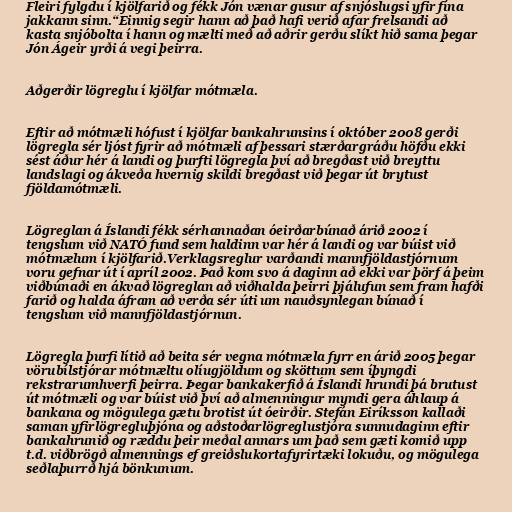
Fleiri fylgdu í kjölfarið og fékk Jón vænar gusur af snjóslugsi yfir fína
jakkann sinn.“Einnig segir hann að það hafi verið afar frelsandi að
kasta snjóbolta í hann og mælti með að aðrir gerðu slíkt hið sama þegar
Jón Ágeir yrði á vegi þeirra.

Aðgerðir lögreglu í kjölfar mótmæla.

Eftir að mótmæli hófust í kjölfar bankahrunsins í október 2008 gerði
lögregla sér ljóst fyrir að mótmæli af þessari stærðargráðu höfðu ekki
sést áður hér á landi og þurfti lögregla því að bregðast við breyttu
landslagi og ákveða hvernig skildi bregðast við þegar út brytust
fjöldamótmæli.

Lögreglan á Íslandi fékk sérhannaðan óeirðarbúnað árið 2002 í
tengslum við NATÓ fund sem haldinn var hér á landi og var búist við
mótmælum í kjölfarið.Verklagsreglur varðandi mannfjöldastjórnum
voru gefnar út í apríl 2002. Það kom svo á daginn að ekki var þörf á þeim
viðbúnaði en ákvað lögreglan að viðhalda þeirri þjálufun sem fram hafði
farið og halda áfram að verða sér úti um nauðsynlegan búnað í
tengslum við mannfjöldastjórnun.

Lögregla þurfi lítið að beita sér vegna mótmæla fyrr en árið 2005 þegar
vörubílstjórar mótmæltu olíugjöldum og sköttum sem íþyngdi
rekstrarumhverfi þeirra. Þegar bankakerfið á Íslandi hrundi þá brutust
út mótmæli og var búist við því að almenningur myndi gera áhlaup á
bankana og mögulega gætu brotist út óeirðir. Stefán Eiríksson kallaði
saman yfirlögregluþjóna og aðstoðarlögreglustjóra sunnudaginn eftir
bankahrunið og ræddu þeir meðal annars um það sem gæti komið upp
t.d. viðbrögð almennings ef greiðslukortafyrirtæki lokuðu, og mögulega
seðlaþurrð hjá bönkunum.